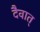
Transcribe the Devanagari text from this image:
दैवात्‌